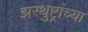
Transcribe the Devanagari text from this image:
झरथुष्ट्रांच्या